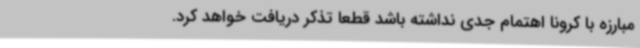
مبارزه با کرونا اهتمام جدی نداشته باشد قطعاً تذکر دریافت خواهد کرد.